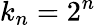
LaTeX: k_{n}=2^{n}